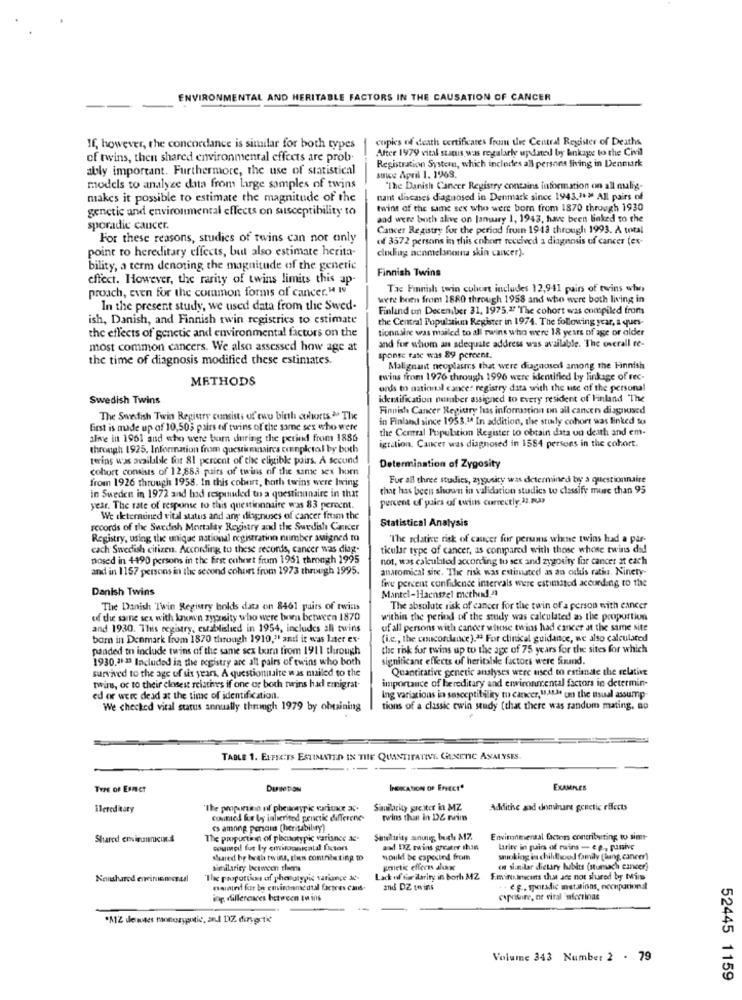
ENVIRONMENTAL AND HERITABLE FACTORS IN THE CAUSATION OF CANCER
copies of death certificates from the Central Register of Deaths
If, however, the concordance is similar for both types
After 1979 vital stanis was regularly updated by linkage to the Civil
of twins, then shared environmental effects are prob-
Registration System, which includes all persons living in Denmark
ably important. Furthermore, the use of statistical
suwe April 1. 1968.
models to analyze data from large samples of twins
"The Danish Cancer Registry contains information on all malig-
makes it possible to estimate the magnitude of the
mant diacases diagnosed in Denmark since 1943.2+2 All pairs of
genetic and environmental effects on susceptibility to
twins of the same sex who were born from 1870 through 1930
aad were both alive on January 1, 1943, have been linked to the
sporadic cancer.
Cancer Registry for the period frum 1943 through 1993. A total
For these reasons, studies of twins can not only
of 3572 persons in this cohort received a diagnosis of cancer (ex-
point to hereditary effects, but also estimate herita-
cluding nonmelanoma skin cancer).
bility, a term denoting the magnitude of the generic
effect. However, the rarity of twins limits this ap
Finnish Twins
proach, even for the common forms of cancer.4 10
Tac Finnish twin colort includes 12,941 pairs of twins who
were born from 1880 through 1958 and who were both living in
In the present study, we used data from the Swed-
Finland om December 31, 1975,27 The cohort was compiled from
ish, Danish, and Finnish twin registries to estimate
the Central Populatiun Register in 1974. The following year, a ques-
tionnaire was mailed to all rwins who were 18 years of age or older
the effects of genetic and environmental factors on the
most common cancers. We also assessed how age at
and for whom an adequate address was available. The overall te-
the time of diagnosis modified these estimates.
sponse Fate was 89 percent.
Malignant neoplasms that were diagnose among the Finnish
METHODS
twins from 1976 through 1996 were identified by linkage of rec-
ends to national cancer registry data with the use of the personal
Swedish Twins
identification number assigned to every resident of Finland The
Finnish Cancer Registry has information on all cancen diagnosed
The Swedish Twin Registry consists of two birth courts >> The
in Finland since 1953.14 In addition, the study cohort was linked to
first is made up of 10,503 pairs of twins of the same sex who were
the Central Population Register to obtain data ou deith and em-
alwe in 1961 and who were born during the period from 1886
through 1925. Information from quesicessaires cunpicted by both
igration. Cancer was diagnosed in 1584 persons in the cohort.
terins was available for 81 percent of the eligible pairs. A scound
cohort consists of 12,883 pairs of twins of the same sex horn
Determination of Zygosity
from 1926 through 1958. In this cobert, bath twins were Iwing
Fur all three studies, zygusity was determined by a questionnaire
in Sweden in 1972 and hod respuided to a questinunaire in that
that has been shown in validation studics to classify muse than 95
percent of pairs of twins correctly 12.2009
year. The rate of response to this questionnaire was 83 percent.
We determined vital status and any dignuses of cancer from the
Statistical Analysis
records of the Swedish Mortality Registry and the Swedish Canner
Registry, using the unique national registration number asigned mo
"The relative risk of cancer for persms whense twins had a par-
cach Swedish citizen. According to these records, cancer was diag-
ticular type of cancer, as compared with those whose twins did
nosed in 4490 persons in the first cohort frum 1951 through 1995
not, was calculated according to sex and zygotiry for cancer at each
and in 1157 persons in the second cohort from 1973 through 1995.
anatomical site. "The risk was estimated as an odkus ratiu. Ninety-
five percent confidence intervals were estimated according to the
Danish Twins
Mantel-Haenszel method."1
The Danish 'Twin Registry holds data on 8461 pairs of twins
The absolute risk of cancer for the twin of a person with cancer
of the same sex with kouwen zyposity who were bom between 1870
within the period of the study was calculated as the proportion
and 1930. This registry, established in 1954, includes all twins
of all persons with cancer whense twins had cancer at the same site
born in Denmark from 1870 through 1910," and it was later ex-
(i.e ., the concordance)." For clinical guidance, we also calculated
padded to include twins of the same sex burn from 1911 through
the risk for twins up to the age of 75 years for the sites for which
1930,21-23 Included in the registry are all pairs of twins who both
significant effects of heritable factors were found.
survived to the age of six years. A questionnaire was mailed to the
Quantitative generic analyses were used to estimate the relative
importance of hereditary and environmental factors in determin-
twins, oc to their closest relatives if one or both twins had emigrat-
ed or were dead at the time of identification.
ing variations in susceptibility to cancer,"ALM om the usual assump-
We checked vital status annually through 1979 by obtaining
tions of a classic twin study (that there was random mating, no
TABLE 1. EFFECTS ESTIMATED IN THE QUANTITATIVE. GENETIC ANALYSES.
TYPE of Esmer
Densetion
INDIKATION OF EFFECT"
EXAMPLES
Hereditary
The propunico of pheumyk waruke x.
Sandlacity greiter in MZ
Addithe and dominuare genetic effects
comed fue by inherited pentic differene-
twins than in DE reims
cs amning pensais (heritability)
Shared eminimcinta
The proportion of placutypic variance ac-
Similarity aunuug burle A17.
Environmental factors contributing to sint-
commeil fut by coitoannatdl factors
and DZ twins greatrr ihin
larity in pairs of mains - ep, passive
dured by both twins, tles contributing to
would be capected from
woking in childhood family [hang, cancer)
similarity between theers
Knietic efferes donc
en similar dietary habits (stumsach cancer)
The proportion of phatutypic variance at-
Lack of sier larity in borh MZ
Fmin macins that are not shared by Mis
naintel for by emindaneutal factres cans-
and DZ twins
.e.g. sporadic mutations, nochpational
ing dillercaces hetween Ie is
coprire, ne viral 'afections
*%1Z dendes monozygotic, and DIZ dirsortie
Volume 343 Number 2 . 79
52445 1159